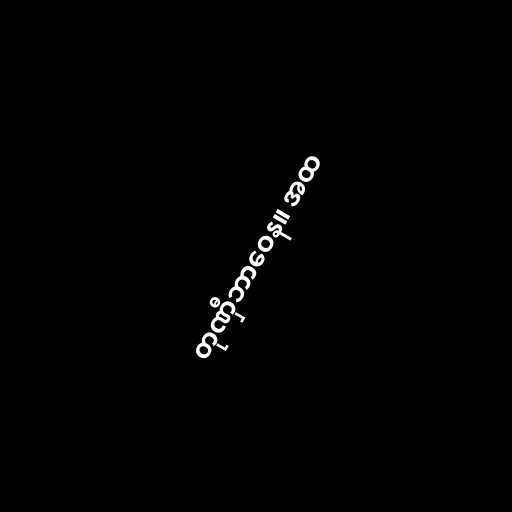
တုဏှီဘာဝေန။ အထ